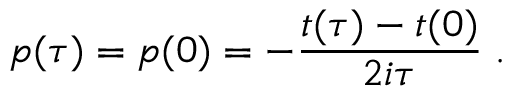
p ( \tau ) = p ( 0 ) = - { \frac { t ( \tau ) - t ( 0 ) } { 2 i \tau } } \; .